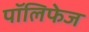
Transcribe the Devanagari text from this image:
पॉलिफेज